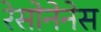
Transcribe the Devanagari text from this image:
रेसोनेनेस